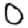
Digit: 0